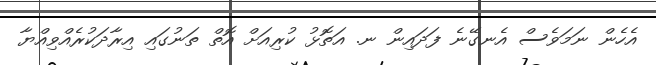
އެހެން ނަމަވެސް އެނގޭނެ ފަދައިން ނ. އަތޮޅު ކުރިއަށް އޮތް ތަނުގައި އިރާދަކުރެއްވިއްޔާ